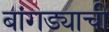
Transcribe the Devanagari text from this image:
बांगड्याची